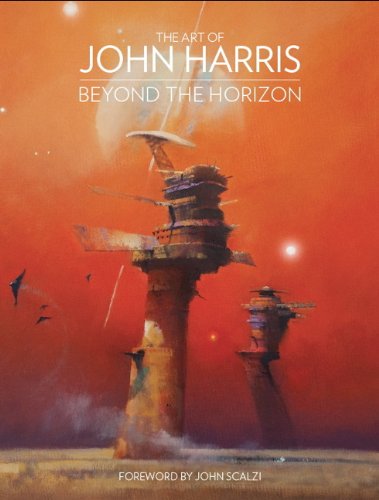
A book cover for The Art of John Harris; John Harris; Arts & Photography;